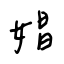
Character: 娼